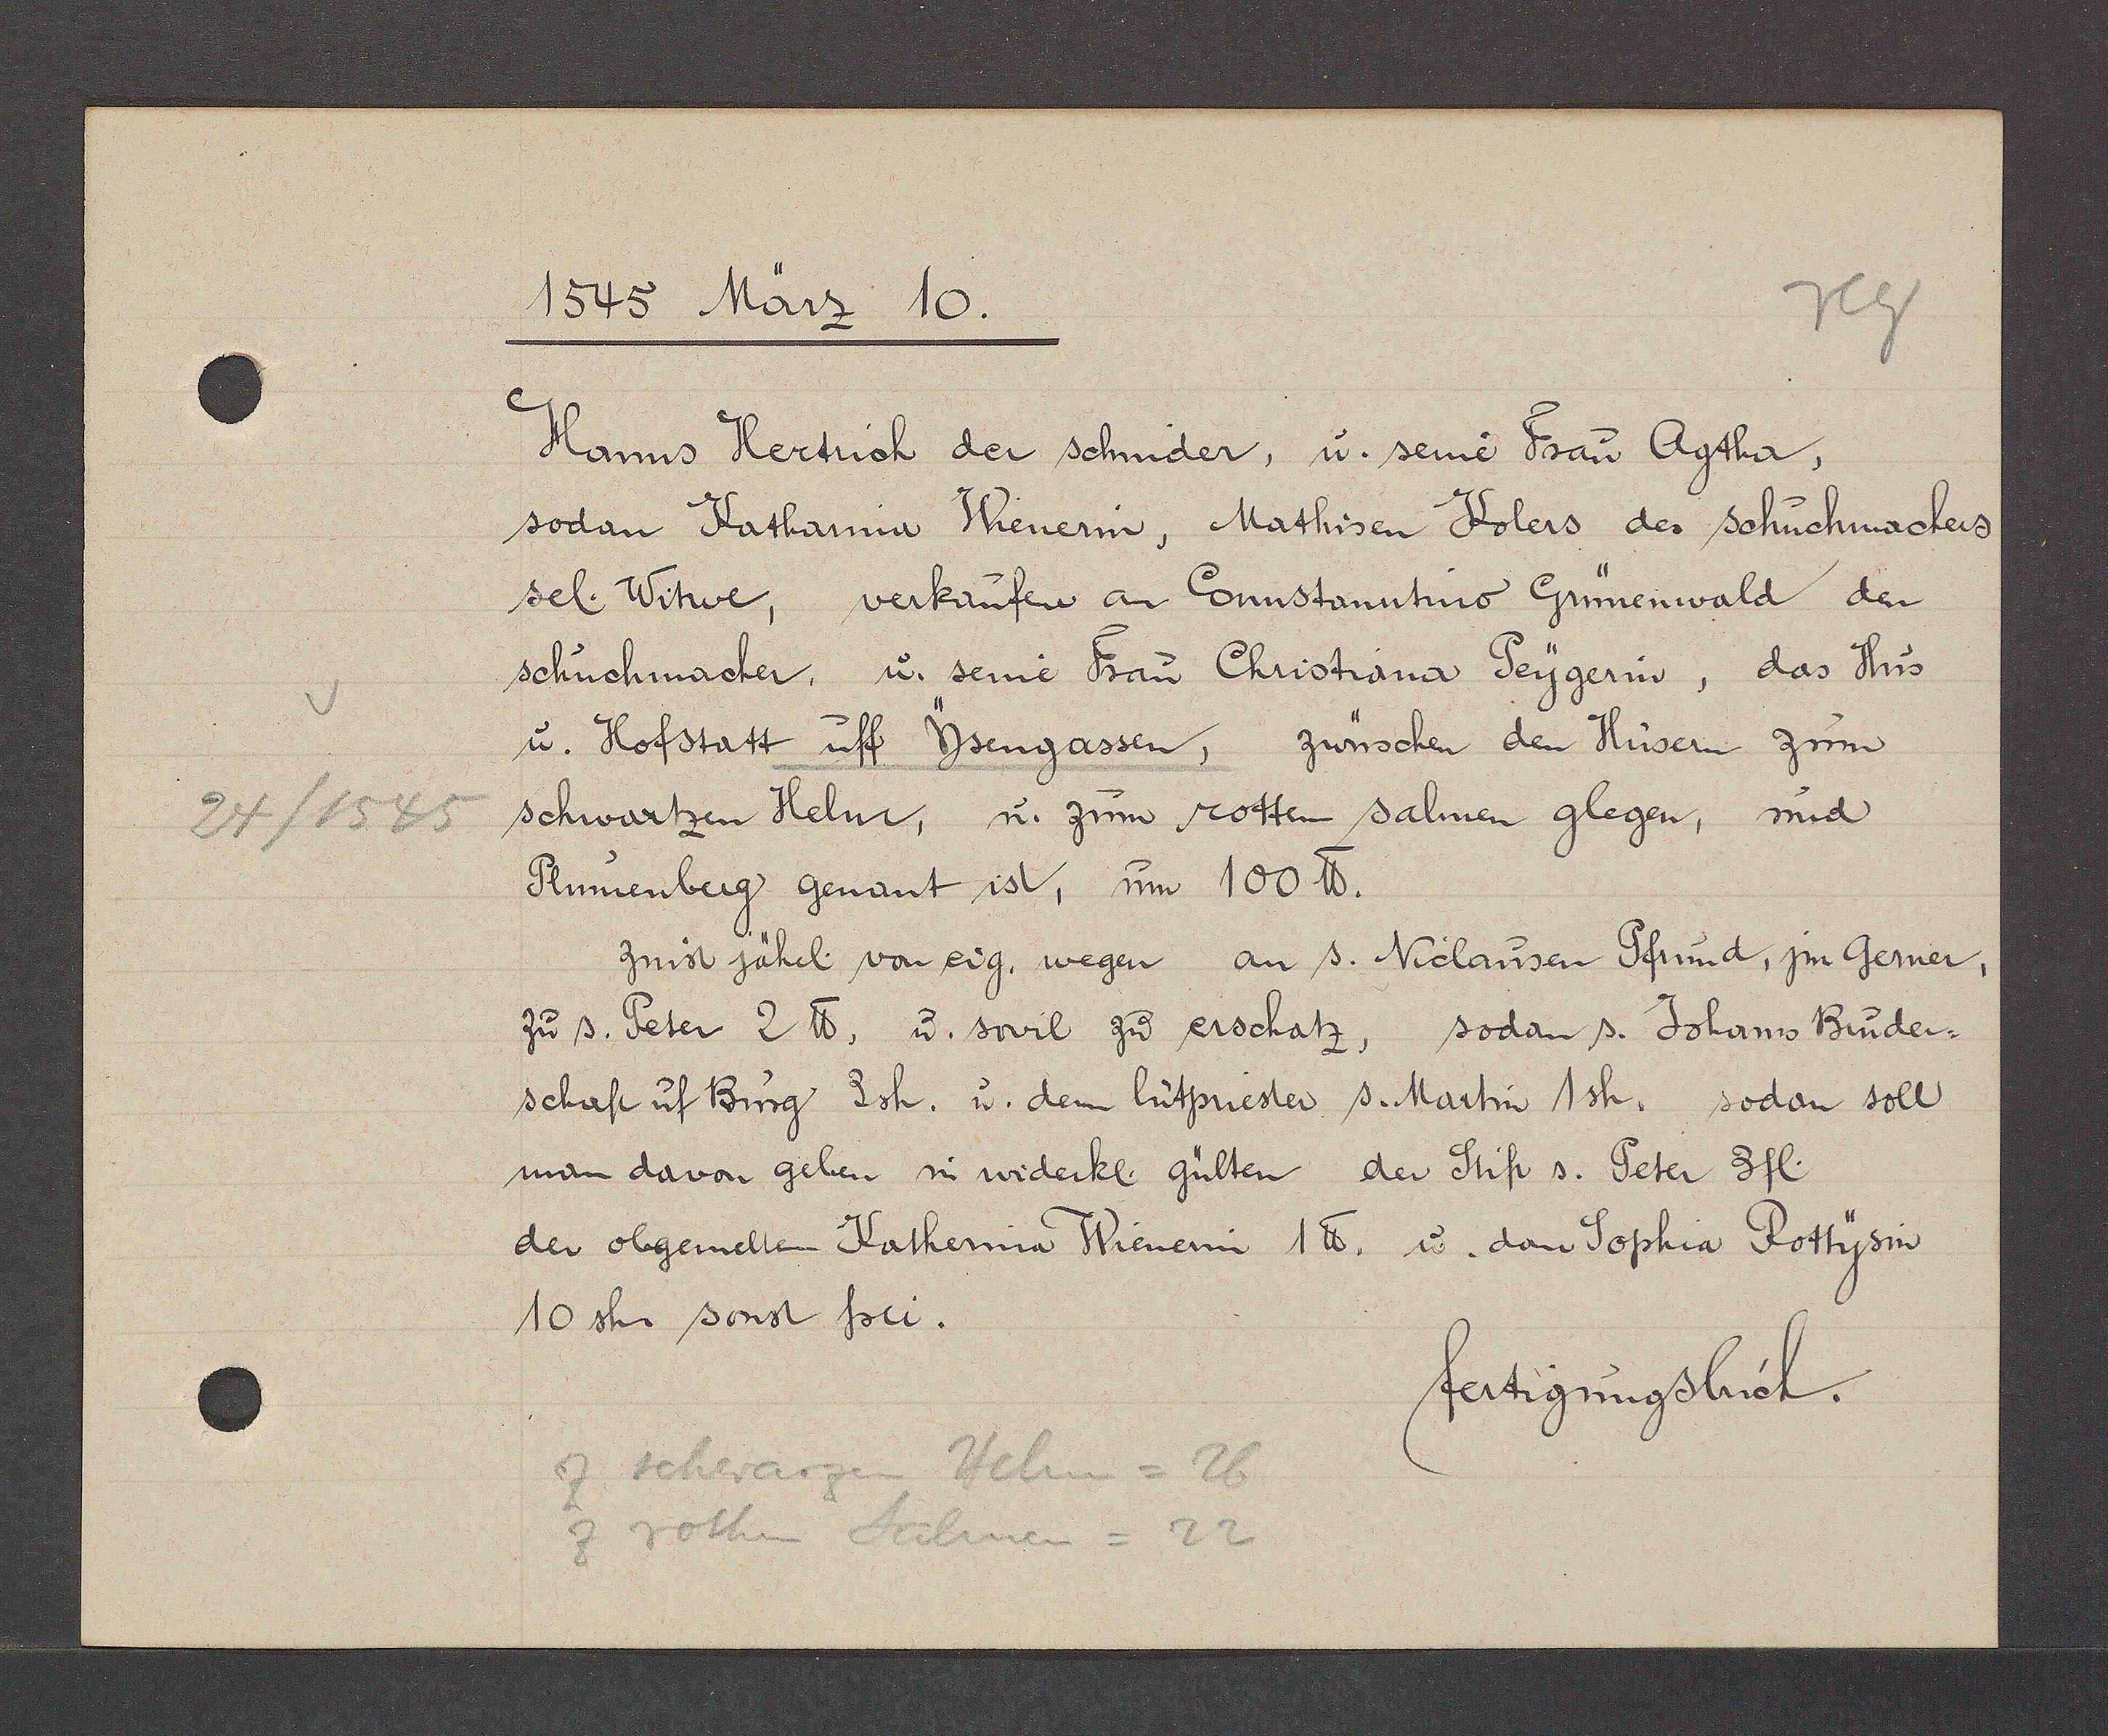
Transcript:
24/1545

1545 März 10.
Hanns Hertrich der schnider, u. seine Frau Agtha,
sodan Katharina Wienerin, Mathisen Kolers des Schuchmachers
sel. Witwe, verkaufen an Connstanntino Grünenwald den
schuchmacher, u. seine Frau Christiana Peygerin, das Hus
u. Hofstatt uff Ysengassen, zwüschen den Hüsern zum
schwartzen Helm, u. zum rotten salmen glegen, und
Plumenberg genant ist, um 100 ℔.
zinst jährl. von eig. wegen an s. Niclausen Pfrund, jm Gerner,
zu s. Peter 2 ℔, u. sovil zu erschatz, sodan s. Johanis Bruder-
schaft uf Burg 3sh. u. dem lutpriester s. Martin 1sh. sodan soll
man davon geben u widerkl. gülten der Stift s. Peter 3fl.
der obgemelten Kathernia Wienerin 1℔. ư dan Sophia Rothysin
10 sh. sonst frei.
fertigungsbuch.
z schwarzen Helm = 26
z rothen Salmen = 22